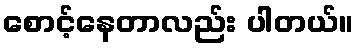
စောင့်နေတာလည်း ပါတယ်။